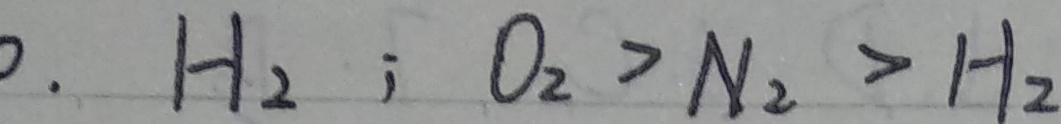
. H _ { 2 } ; O _ { 2 } > N _ { 2 } > H _ { 2 }